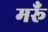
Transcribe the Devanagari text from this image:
मरूँ